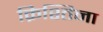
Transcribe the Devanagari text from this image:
क्रिश्तिना